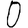
Digit: 0